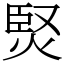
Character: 㷂